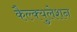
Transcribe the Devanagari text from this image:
कैल्क्युलेशन